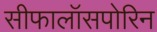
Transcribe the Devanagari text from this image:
सीफालॉसपोरिन